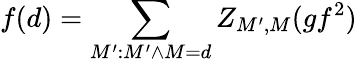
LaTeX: f(d)=\sum_{M^{\prime}:M^{\prime}\wedge M=d}Z_{M^{\prime},M}(gf^{2})